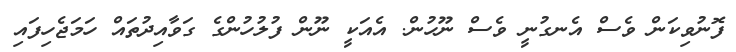
ފޮނުވިކަން ވެސް އެނގުނީ ވެސް ނޫހުން. އެއަކީ ނޫން ފުލުހުންގެ ގަވާއިދުތައް ހަމަޖެހިފައި